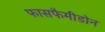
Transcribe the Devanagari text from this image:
फासफैमीडोन